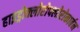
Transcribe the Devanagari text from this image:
हाइड्रोक्लोरोफ्लोरोकार्बन